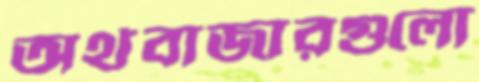
অর্থবাজারগুলো